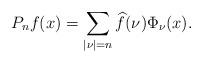
LaTeX: \begin{align*}P_{n}f(x)=\sum_{|\nu|=n}\widehat{f}(\nu)\Phi_{\nu}(x).\end{align*}